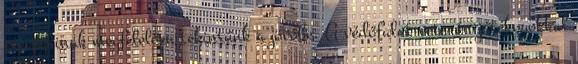
posztjainak megfelelően tekintünk a jövőbe. A védőfalat veterán játékosokkal